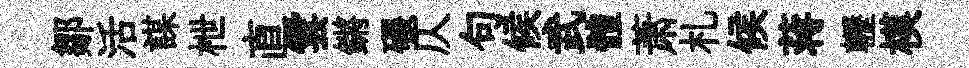
鄒活謀枻直雲鏘碾仄句候武體萧札候蒋轣模